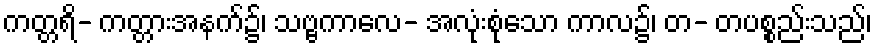
ကတ္တရိ- ကတ္တားအနက်၌၊ သဗ္ဗကာလေ- အလုံးစုံသော ကာလ၌၊ တ- တပစ္စည်းသည်၊